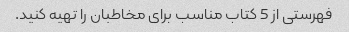
فهرستی از 5 کتاب مناسب برای مخاطبان را تهیه کنید.